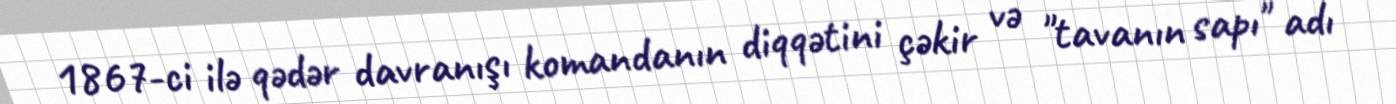
1867-ci ilə qədər davranışı komandanın diqqətini çəkir və "tavanın sapı" adı